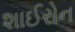
શાઈરોન